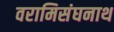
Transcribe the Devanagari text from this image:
वरामिसंघनाथ